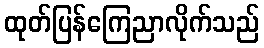
ထုတ်ပြန်ကြေညာလိုက်သည်